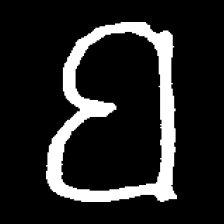
Pyu character \u2014 Myanmar letter: ဗ (romanized: ba)